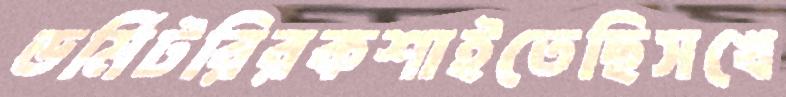
ডর্মিটরিরকশাইতেছিসখে